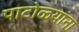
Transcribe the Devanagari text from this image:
पाटोळ्यांना